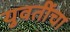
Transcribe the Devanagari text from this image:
युवतींचा